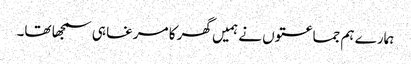
ہمارے ہم جماعتوں نے ہمیں گھر کا مرغا ہی سمجھا تھا۔